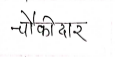
मजकूर: चोकीदार